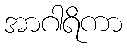
အာဂါရိကာ